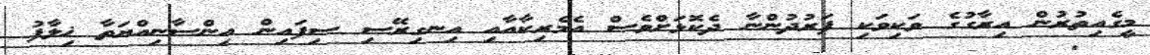
މީގެއިތުރުން އިރާގުގެ ވަކިވަކި ފަރުދުންނާ ދެކޮޅަށްވެސް އެމެރިކާއާއި އިނގިރޭސި ސިފައިން އިންސާނިއްޔަތާ ޚިލާފު